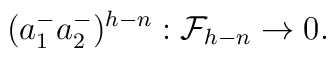
(a^-_1a^-_2)^{h-n}:{\cal F}_{h-n} \rightarrow 0.